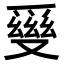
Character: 𤔪